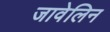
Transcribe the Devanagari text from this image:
जावेलिन